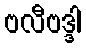
ဗလီဗဒ္ဒါ